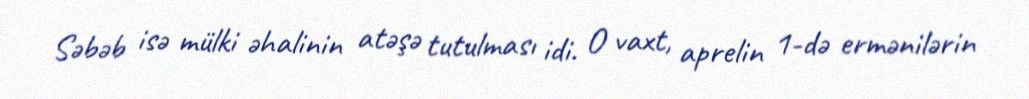
Səbəb isə mülki əhalinin atəşə tutulması idi. O vaxt, aprelin 1-də ermənilərin